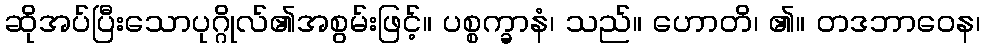
ဆိုအပ်ပြီးသောပုဂ္ဂိုလ်၏အစွမ်းဖြင့်။ ပစ္စက္ခာနံ၊ သည်။ ဟောတိ၊ ၏။ တဒဘာဝေန၊